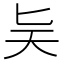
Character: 𪟩